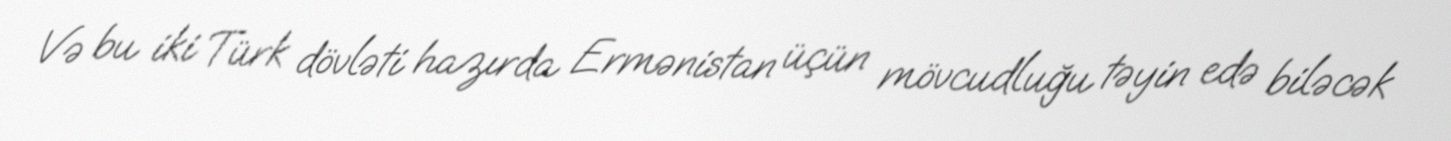
Və bu iki Türk dövləti hazırda Ermənistan üçün mövcudluğu təyin edə biləcək